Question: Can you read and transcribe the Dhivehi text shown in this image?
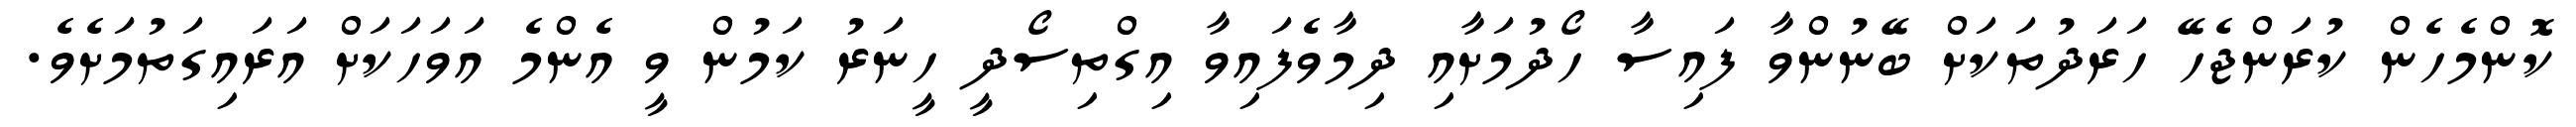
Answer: ކޮންމެހެން ކުރަންޖެހޭ ހަރަދުތަކަށް ބޭނުންވާ ފައިސާ ހޯދުމަށާއި ދިމާވެފައިވާ އިގްތިސޯދީ ހީނަރު ކަމުން ވީ އެންމެ އަވަހަކަށް އަރައިގަތުމަށެވެ.